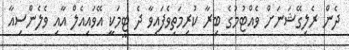
ދެން ރެލިގޭޝަނަށް ވެއްޓުމުގެ ބިރާ ކުރިމަތިވެފައިވާ ދެ ޓީމަކީ އޭވައިއެލް އާއި ވެލެންސިއާ